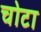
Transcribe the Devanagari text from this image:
चोटा